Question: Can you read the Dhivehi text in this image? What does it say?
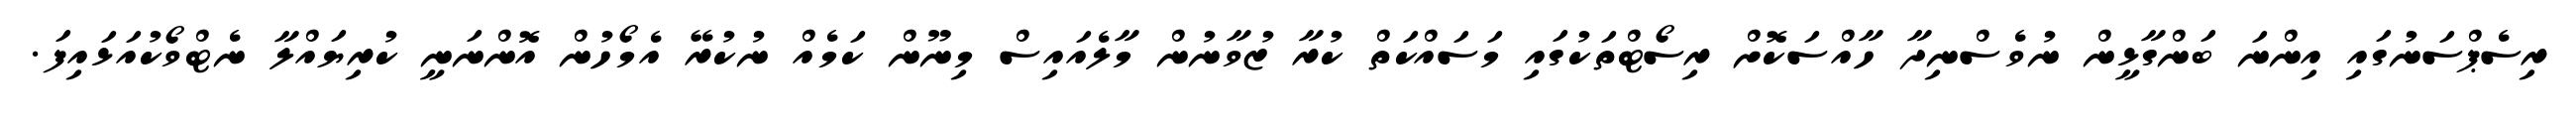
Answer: ރިސެޕްސަނުގައި އިންނަ ބަންގާޅީން ނުވެސްނިދާ ހާއްސަކޮށް ރިސޯޓްތަކުގައި މަސައްކަތް ކުރާ ޒުވާނުން މާލެއައިސް މިނޫން ކަމެއް ނުކުރޭ އެމޯހުން އޮންނަނީ ކުރިޔައްލާ ނެޓްވޯކުއަޅައިފަ.